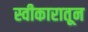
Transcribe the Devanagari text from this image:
स्वीकारातून